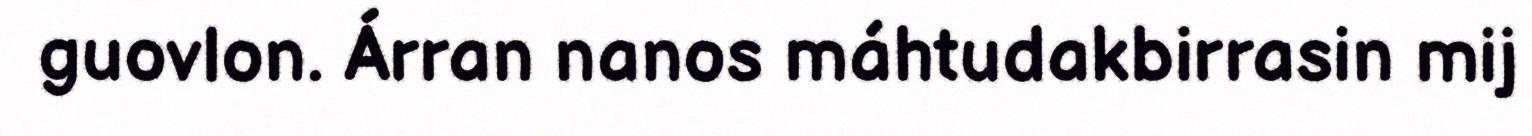
guovlon. Árran nanos máhtudakbirrasin mij